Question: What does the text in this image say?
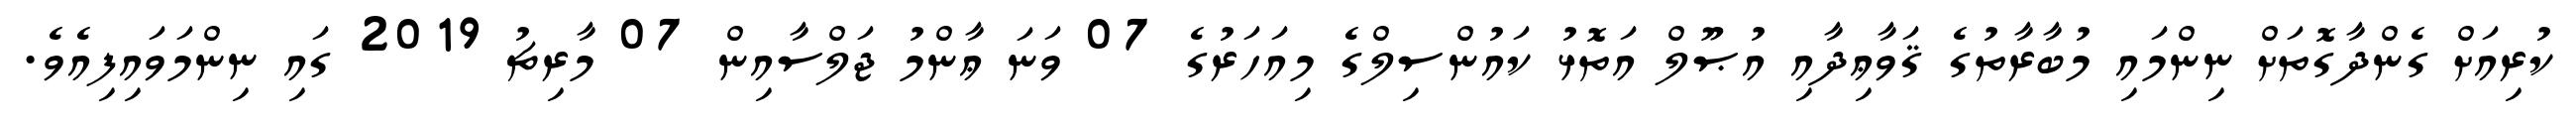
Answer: ކުރިއަށް ގެންދާގޮތަށް ނިންމައި މުބާރާތުގެ ޤަވާޢިދާއި އުޞޫލް އަތޮޅު ކައުންސިލްގެ މިއަހަރުގެ 07 ވަނަ ޢާންމު ޖަލްސާއިން 07 މާރިޗު 2019 ގައި ނިންމަވައިފިއެވެ.